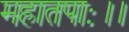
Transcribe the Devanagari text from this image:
महातपाः।।